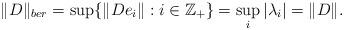
LaTeX: \begin{align*}\|D \|_{ber} = \sup\{\| De_i \|: i \in \mathbb{Z}_{+} \}= \sup_{i}{|\lambda_i|} = \|D \|.\end{align*}